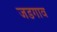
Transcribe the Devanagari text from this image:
जडगाव